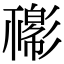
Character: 𢒴